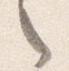
之